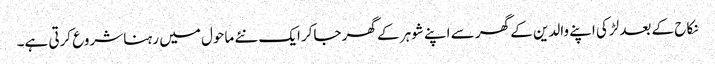
نکاح کے بعد لڑکی اپنے والدین کے گھر سے اپنے شوہر کے گھر جاکر ایک نئے ماحول میں رہنا شروع کرتی ہے۔